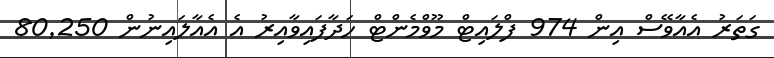
ގަތަރު އެއާވޭސް އިން 974 ފްލައިޓް މޫވްމެންޓް ހަދާފައިވާއިރު އެ އެއާލައިނުން 80